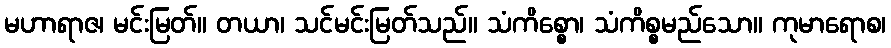
မဟာရာဇ၊ မင်းမြတ်။ တယာ၊ သင်မင်းမြတ်သည်။ သံကိစ္စော၊ သံကိစ္စမည်သော။ ကုမာရောစ၊